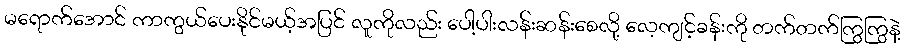
မရောက်အောင် ကာကွယ်ပေးနိုင်မယ့်အပြင် လူကိုလည်း ပေါ့ပါးလန်းဆန်းစေလို့ လေ့ကျင့်ခန်းကို တက်တက်ကြွကြွနဲ့